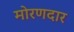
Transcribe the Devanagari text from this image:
मोरणदार